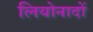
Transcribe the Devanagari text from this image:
लियोनादों